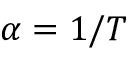
\alpha = 1 / T